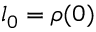
l _ { 0 } = \rho ( 0 )